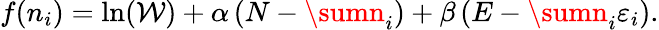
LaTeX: f(n_{i})=\ln(\mathcal{W})+\alpha\left(N-\sumn_{i}\right)+\beta\left(E-\sumn_{i}\varepsilon_{i}\right).